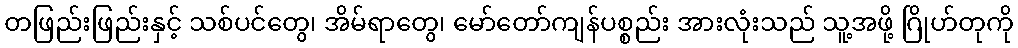
တဖြည်းဖြည်းနှင့် သစ်ပင်တွေ၊ အိမ်ရာတွေ၊ မော်တော်ကျန်ပစ္စည်း အားလုံးသည် သူ့အဖို့ ဂြိုဟ်တုကို